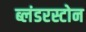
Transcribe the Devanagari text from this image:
ब्लंडरस्टोन